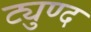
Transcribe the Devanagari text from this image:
ट्युण्द